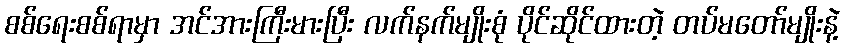
စစ်ရေးစစ်ရာမှာ အင်အားကြီးမားပြီး လက်နက်မျိုးစုံ ပိုင်ဆိုင်ထားတဲ့ တပ်မတော်မျိုးနဲ့